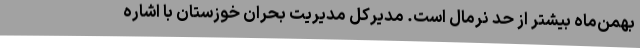
بهمن‌ماه بیشتر از حد نرمال است. مدیرکل مدیریت بحران خوزستان با اشاره